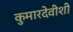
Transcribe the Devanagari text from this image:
कुमारदेवीशी